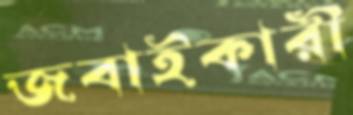
জবাইকারী